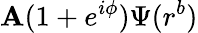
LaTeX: \mathbf{A}(1+e^{i\phi})\Psi(r^{b})